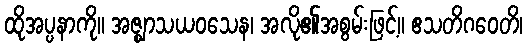
ထိုအပ္ပနာကို။ အဇ္ဈာသယဝသေန၊ အလို၏အစွမ်းဖြင့်။ ဧသတိဂဝေတိ၊